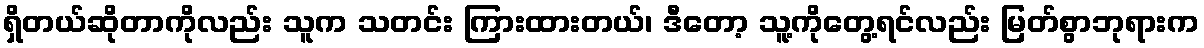
ရှိတယ်ဆိုတာကိုလည်း သူက သတင်း ကြားထားတယ်၊ ဒီတော့ သူ့ကိုတွေ့ရင်လည်း မြတ်စွာဘုရားက